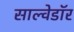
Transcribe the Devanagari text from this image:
साल्वेडॉर